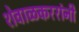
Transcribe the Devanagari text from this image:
शेवाळकररांनी